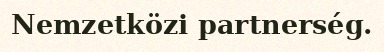
Nemzetközi partnerség.